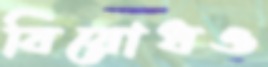
বিরোধও